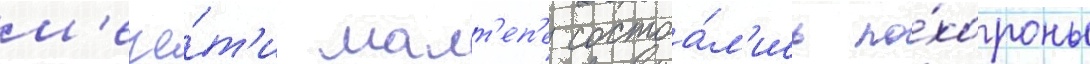
м'ече́т'и малт'еп'е состоа́л'ись по́хороны